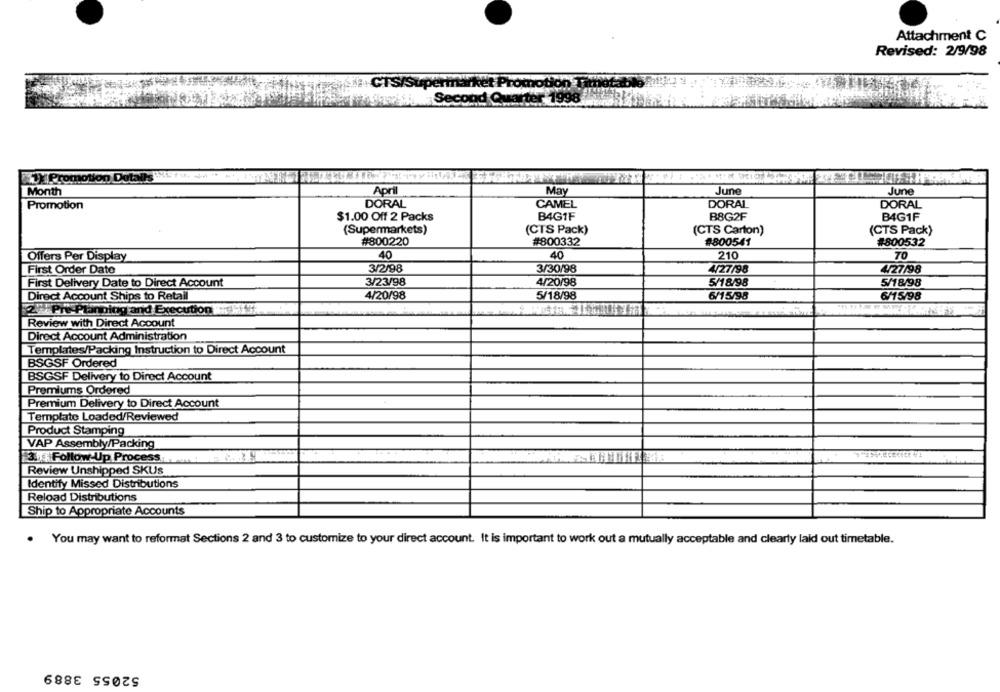
Attachment C
Revised: 2/9/98
1)Promotion Dotal
Month
April
May
June
June
Promotion
DORAL
CAMEL
DORAL
DORAL
$1.00 Off 2 Packs
B4G1F
B8G2F
B4G1F
(Supermarkets)
(CTS Pack)
(CTS Carton)
(CTS Pack)
#800220
#800332
#800541
#800532
40
40
210
70
Offers Per Display
First Order Date
3/2/98
3/30/98
4/27/98
4/27/98
First Delivery Date to Direct Account
3/23/98
4/20/98
5/18/98
5/18/98
Direct Account Ships to Retail
4/20/98
5/18/98
6/15/98
6/15/98
2. Pr
Planning and Execution
Review with Direct Account
Direct Account Administration
Templates/Packing Instruction to Direct Account
BSGSF Ordered
BSGSF Delivery to Direct Account
Premiums Ordered
Premium Delivery to Direct Account
Template Loaded/Reviewed
Product Stamping
VAP Assembly/Packing
3. Follow-Up Process
Review Unshipped SKUs
Identify Missed Distributions
Reload Distributions
Ship to Appropriate Accounts
. You may want to reformat Sections 2 and 3 to customize to your direct account. It is important to work out a mutually acceptable and clearly laid out timetable.
52055 3889